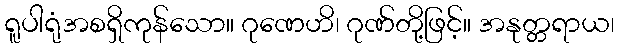
ရူပါရုံအစရှိကုန်သော။ ဂုဏေဟိ၊ ဂုဏ်တို့ဖြင့်။ အနုတ္တရာယ၊